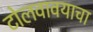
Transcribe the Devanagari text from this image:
टोलवावयाचा